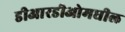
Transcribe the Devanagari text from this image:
डीआरडीओमधील